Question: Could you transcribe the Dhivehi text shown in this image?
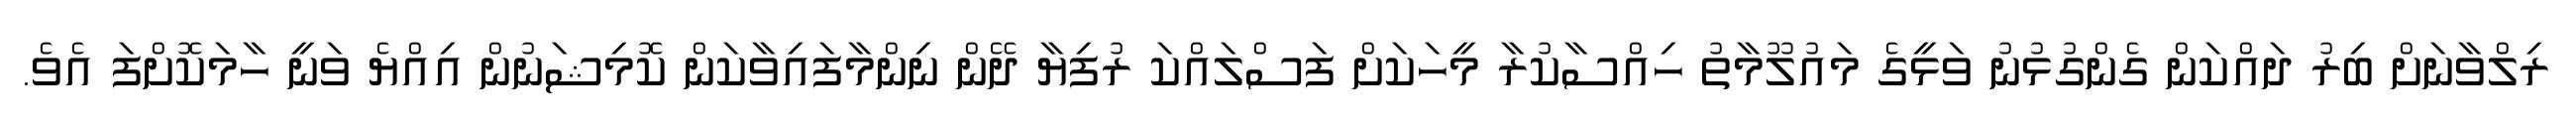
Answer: ރިލްވާނަށް ބިރު ދައްކަން ގެންގުޅުނު ވަޅީގެ މައުލޫމާތު ހިއްސާކުރާ މީހަކަށް ފަސްލައްކަ ރުފިޔާ ދޭން ނިންމާފައިވާކަން ކޮމިޝަނުން އިއްޔެ ވަނީ ހާމަކޮށްފަ އެވެ.